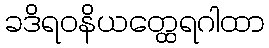
ခဒိရဝနိယတ္ထေရဂါထာ